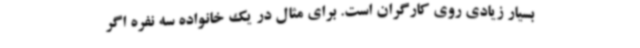
بسیار زیادی روی کارگران است. برای مثال در یک خانواده سه نفره اگر